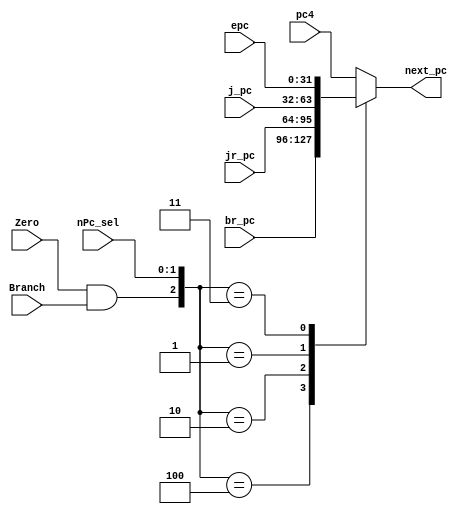
`timescale 1ns / 1ps

module PCMux(nPc_sel, Zero, Branch, pc4, br_pc, jr_pc, j_pc, epc, next_pc);
	
	input [1:0] nPc_sel;
	input Branch;
	input Zero;
	input [31:0] pc4, br_pc, jr_pc, j_pc, epc;
	
	output reg [31:0] next_pc;
	
	wire [2:0] pcsel;
	assign pcsel = {Zero&Branch, nPc_sel};
	
	always @(*) begin
		case (pcsel)
			3'b000: next_pc = pc4;
			3'b100: next_pc = br_pc;
			3'b010: next_pc = jr_pc;
			3'b001: next_pc = j_pc;
			3'b011: next_pc = epc;
			default: next_pc = pc4;
		endcase
	end

endmodule


module ALUsrc_AMux(ALUsrc_A, RD1, RD2, A);
	
	input ALUsrc_A;
	input [31:0] RD1, RD2;
	
	output [31:0] A;
	
	assign A = ALUsrc_A ? RD2 : RD1;

endmodule


module ALUsrc_BMux(ALUsrc_B, RD2, Imm32_lbit, B);
	
	input ALUsrc_B;
	input [31:0] RD2, Imm32_lbit;
	
	output [31:0] B;
	
	assign B = ALUsrc_B ? Imm32_lbit : RD2;
		
endmodule


module AO_Mux(AO_Sel, AO_tmp, Imm32_hbit_E, RD1_E, HIO, LOO, AO_E);
	
	input [2:0] AO_Sel;
	input [31:0] AO_tmp, Imm32_hbit_E, RD1_E, HIO, LOO;
	
	output reg [31:0] AO_E;
	
	always @(*) begin
		case (AO_Sel)
			3'b000: AO_E = AO_tmp;
			3'b001: AO_E = Imm32_hbit_E;
			3'b010: AO_E = RD1_E;
			3'b011: AO_E = HIO;
			3'b100: AO_E = LOO;
			default: AO_E = AO_tmp;
		endcase
	end

endmodule


module WrRegAddrMux(RegDst, rt, rd, A3);
	
	input [1:0] RegDst;
	input [4:0] rt, rd;
	
	output reg [4:0] A3;
	
	always @(*) begin
		case (RegDst)
			2'b00 : A3 = rt;
			2'b01 : A3 = rd;
			2'b10 : A3 = 5'b11111;
			default : A3 = rt;
		endcase
	end
	
endmodule


module WrRegDataMux(MemtoReg, AO, RD, pc8, CP0O, WD);
	
	input [1:0] MemtoReg;
	input [31:0] AO, RD, pc8, CP0O;
	
	output reg [31:0] WD;
	
	always @(*) begin
		case (MemtoReg)
			2'b00: WD = AO;
			2'b01: WD = RD;
			2'b10: WD = pc8;
			2'b11: WD = CP0O;
			default: WD = 32'h0000_0000;
		endcase
	end
	
endmodule


module ExcPCMux(next_pc_tmp, ExcPC_Sel, next_pc);
	
	input [31:0] next_pc_tmp;
	input ExcPC_Sel;
	output [31:0] next_pc;
	
	assign next_pc = ExcPC_Sel ? 32'h0000_4180 : next_pc_tmp;
	
	
endmodule

module ExcCodeMux(
	ExcCode_D_new, ExcCode_D_tmp, ExcCode_D,
	ExcCode_E_new, ExcCode_E_tmp, ExcCode_E,
	ExcCode_M_new, ExcCode_M_tmp, ExcCode_M,
	lock_muldiv, IntReq, ExcReq);
	
	input [4:0] ExcCode_D_new, ExcCode_D_tmp;
	input [4:0] ExcCode_E_new, ExcCode_E_tmp;
	input [4:0] ExcCode_M_new, ExcCode_M_tmp;
	input IntReq;
	input ExcReq;
	
	output [4:0] ExcCode_D, ExcCode_E, ExcCode_M;
	output lock_muldiv;
	
	assign ExcCode_D = (ExcCode_D_new == 5'b0) ? ExcCode_D_tmp : ExcCode_D_new;
	assign ExcCode_E = (ExcCode_E_new == 5'b0) ? ExcCode_E_tmp : ExcCode_E_new;
	assign ExcCode_M = (ExcCode_M_new == 5'b0) ? ExcCode_M_tmp : ExcCode_M_new;
	
	assign lock_muldiv = ExcReq | IntReq;

endmodule